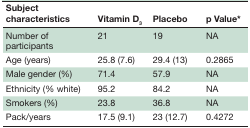
<table><thead><tr><td><b>Subject characteristics</b></td><td><b>Vitamin D<sub>3</sub></b></td><td><b>Placebo</b></td><td><b>p Value*</b></td></tr></thead><tbody><tr><td>Number of participants</td><td>21</td><td>19</td><td>NA</td></tr><tr><td>Age (years)</td><td>25.8 (7.6)</td><td>29.4 (13)</td><td>0.2865</td></tr><tr><td>Male gender (%)</td><td>71.4</td><td>57.9</td><td>NA</td></tr><tr><td>Ethnicity (% white)</td><td>95.2</td><td>84.2</td><td>NA</td></tr><tr><td>Smokers (%)</td><td>23.8</td><td>36.8</td><td>NA</td></tr><tr><td>Pack/years</td><td>17.5 (9.1)</td><td>23 (12.7)</td><td>0.4272</td></tr></tbody></table>